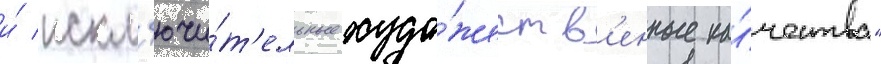
и́ искл'ючи́т'ельные худо́жеств'енные ка́чества"